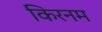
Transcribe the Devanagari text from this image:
किरनम